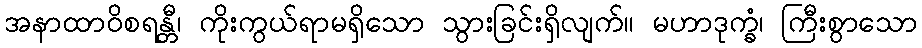
အနာထာဝိစရန္တီ၊ ကိုးကွယ်ရာမရှိသော သွားခြင်းရှိလျက်။ မဟာဒုက္ခံ၊ ကြီးစွာသော